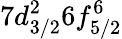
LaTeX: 7d_{3/2}^{2}6f_{5/2}^{6}